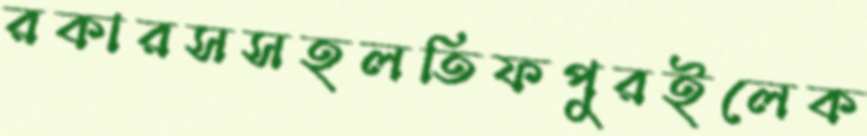
রকারসসহলতিফপুরইলেক